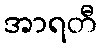
အာရတီ